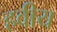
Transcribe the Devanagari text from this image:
हवीय